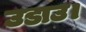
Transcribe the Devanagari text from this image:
उडाउ।